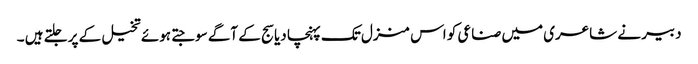
دبیر نے شاعری میں صناعی کو اس منزل تک پہنچا دیا سج کے آگے سوجتے ہوئے تخیل کے پر جلتے ہیں ۔